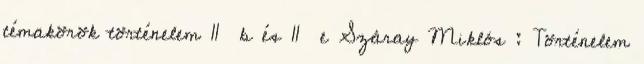
témakörök történelem 11 b és 11 e Száray Miklós : Történelem